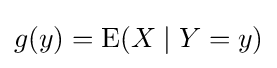
g(y)=\operatorname {E} (X\mid Y=y)